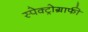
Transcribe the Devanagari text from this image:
स्पेक्ट्रोग्राफी